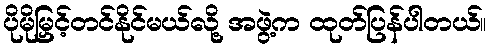
ပိုမိုမြှင့်တင်နိုင်မယ်လို့ အဖွဲ့က ထုတ်ပြန်ပါတယ်။